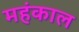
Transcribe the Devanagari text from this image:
महंकाल